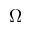
\Omega